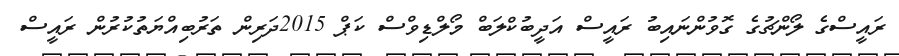
ރައީސްގެ ލޯންޗުގެ ގޮވުންނައިބު ރައީސް އަދީބުކްލަބް މޯލްޑިވްސް ކަޕް 2015ދަރިން ތަރުބިއްޔަތުކުރުން ރައީސް